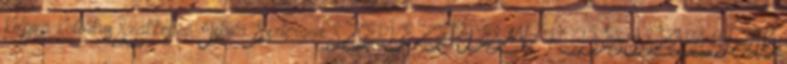
Kolping Katolikus Szakképző Iskola Esztergom SZERVEZETI ÉS MŰKÖDÉSI SZABÁLYZATA